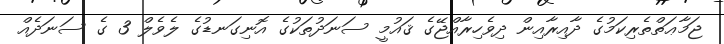
ޖަމާޢަތްތެރިކަމުގެ ދާއިރާއިން ދިވެހިރާއްޖޭގެ ޤައުމީ ސަނަދުތަކުގެ އޮނިގަނޑުގެ ލެވެލް 3 ގެ ސަނަދެއް